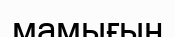
мамығын